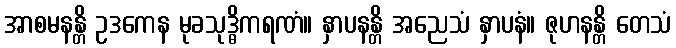
အာစမနန္တိ ဥဒကေန မုခသုဒ္ဓိကရဏံ။ နှာပနန္တိ အညေသံ နှာပနံ။ ဇုဟနန္တိ တေသံ